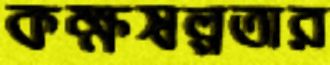
কক্ষস্বল্পতার